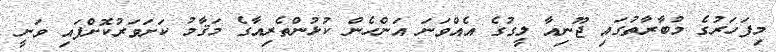
މިފަހަރުގެ މުބާރާތުގައި ޖޫނިއާ ލީގުގެ އެއްވަނަ އަންހެން ކުޅުންތެރިއާގެ މަޤާމު ކަށަވަރުކޮށްފައި ވަނީ